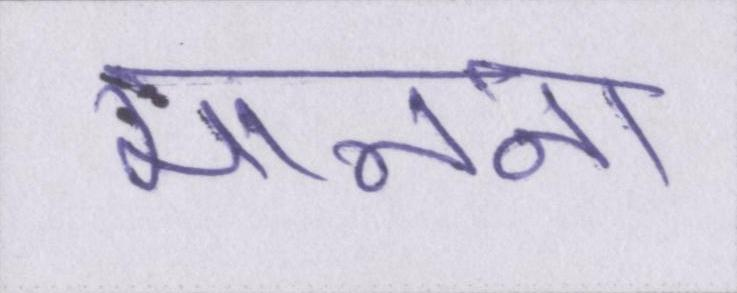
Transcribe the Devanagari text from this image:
मानना